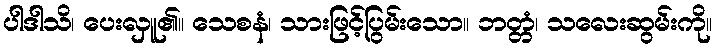
ပါဒါသိ၊ ပေးလှူ၏။ သေစနံ၊ သားဖြင့်ပြွမ်းသော။ ဘတ္တံ၊ သလေးဆွမ်းကို။